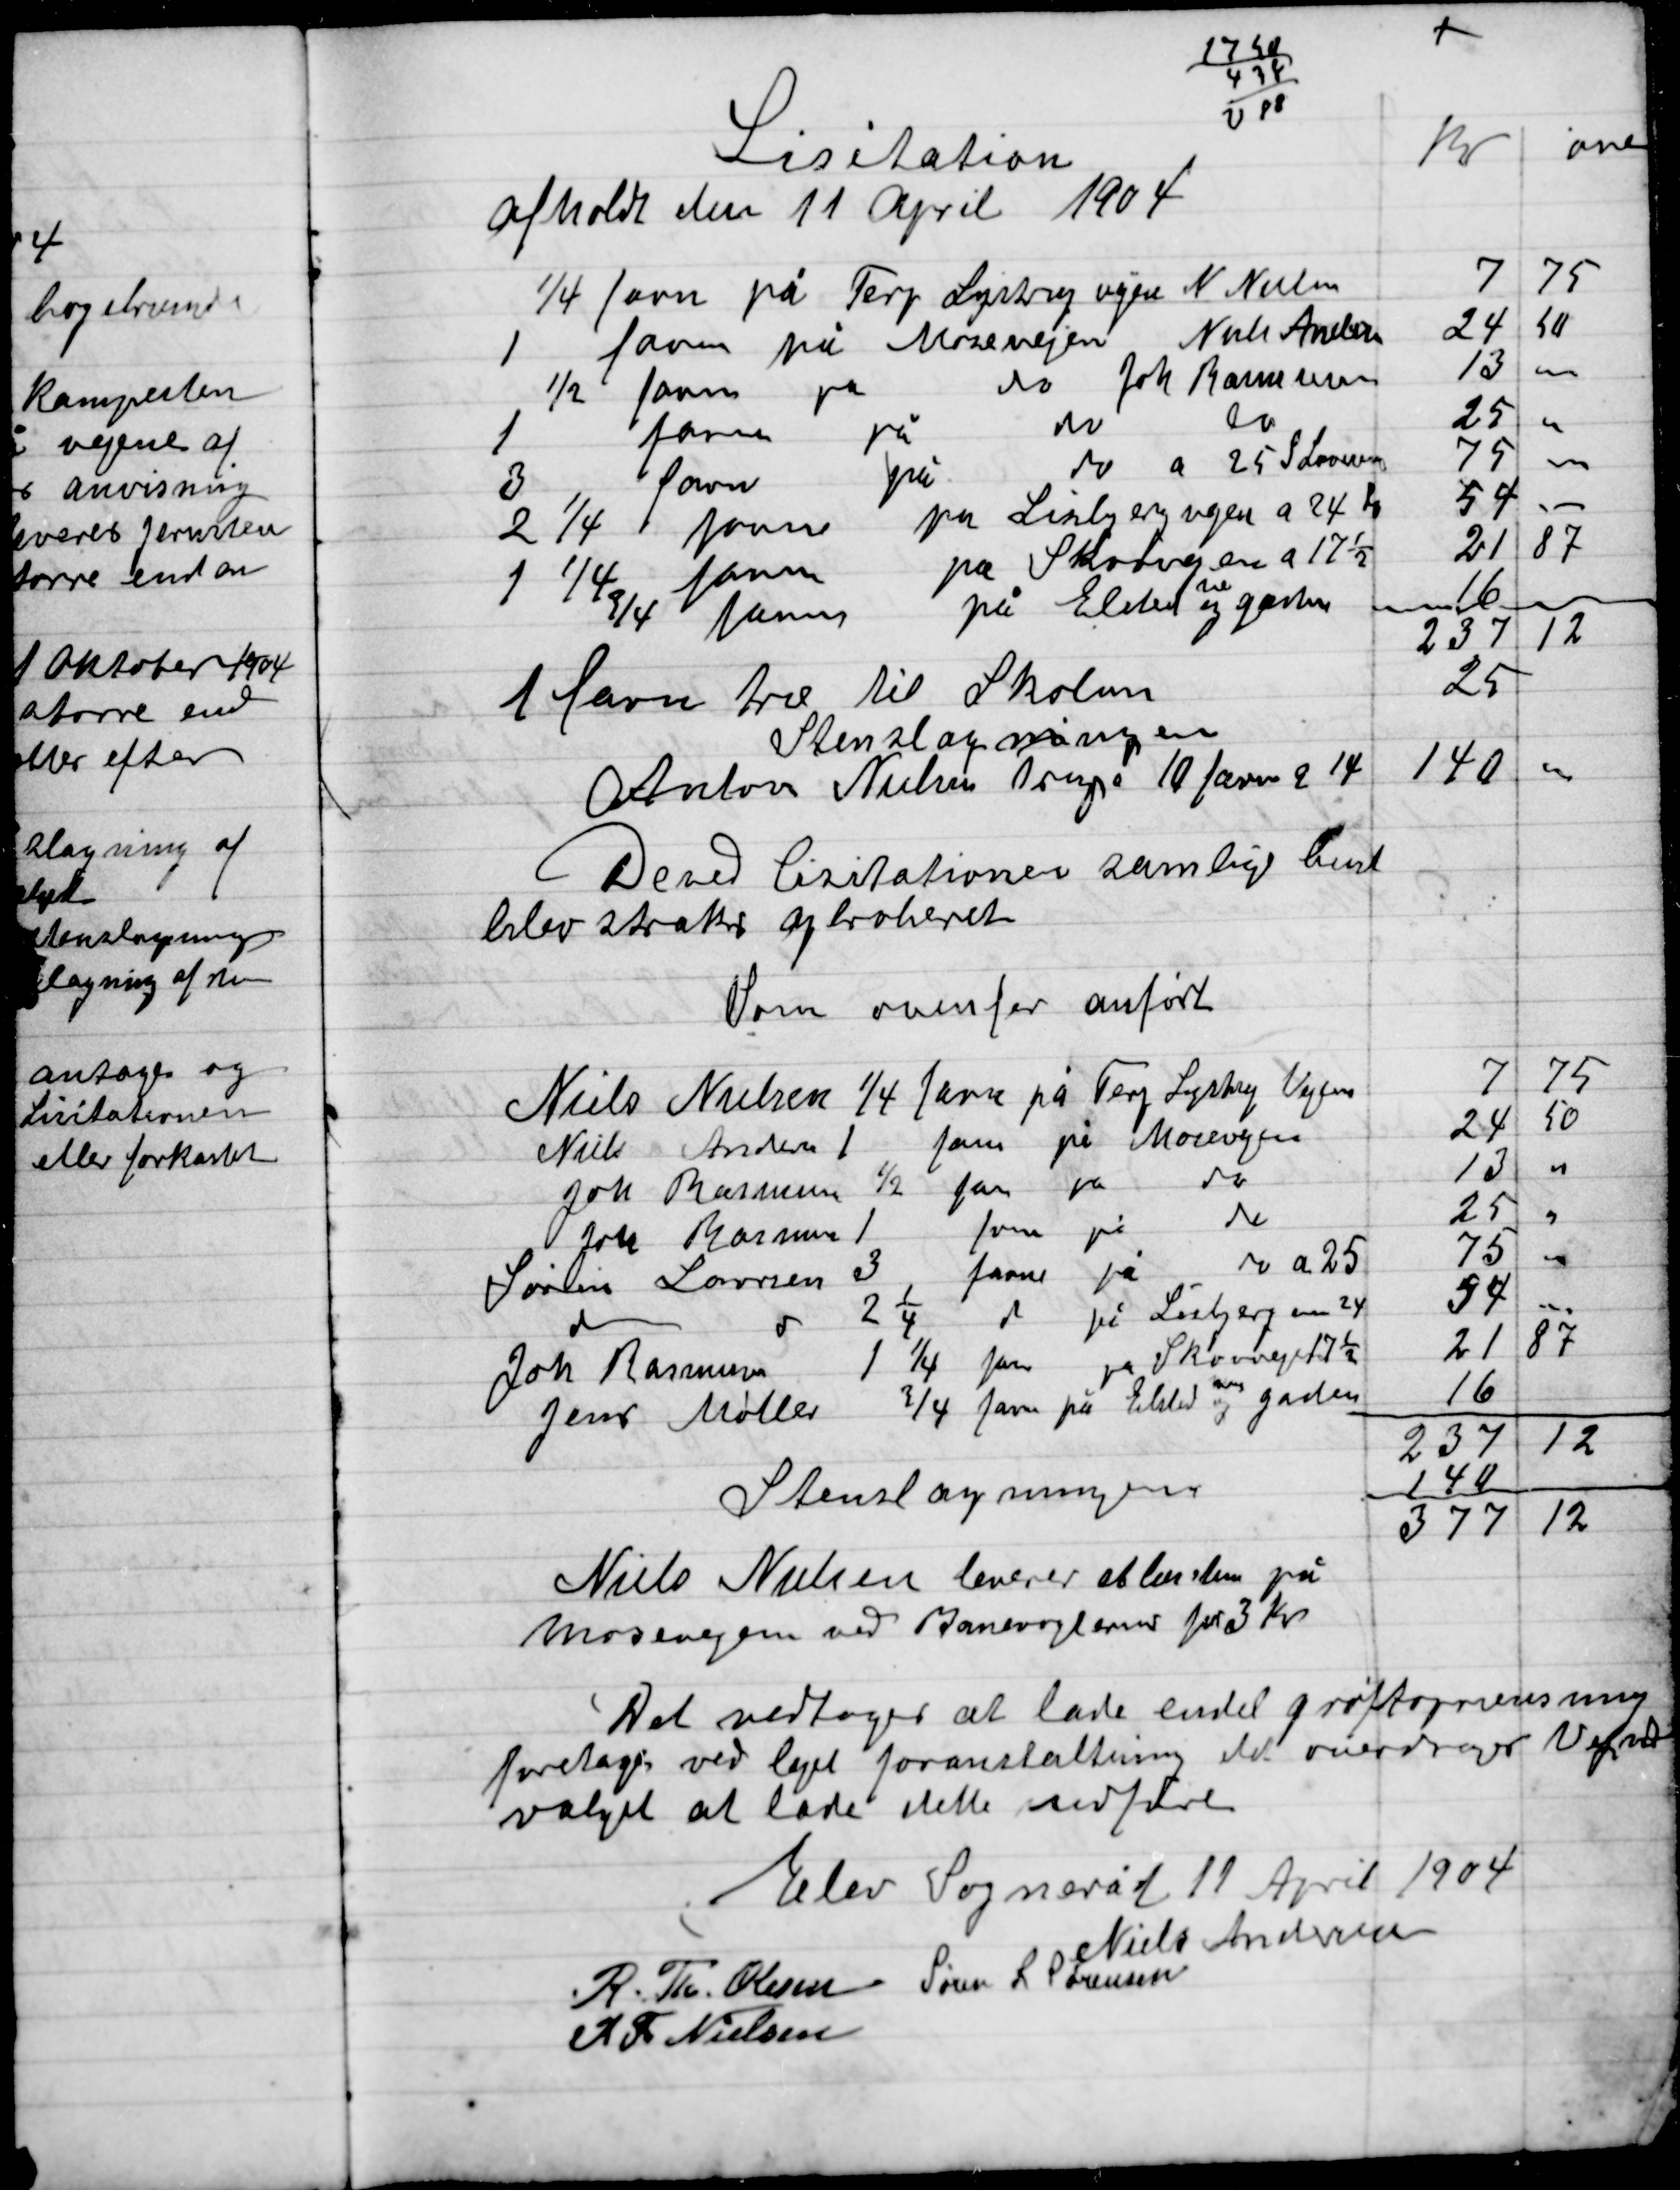
Transskription:
Derved licitationen samtlige bud
Blev straks approberet

Niels Nielsen leverede et læs sten på
Mosevejen ved Manghenbors for 3 Kr

Det vedtoges at lade endel grøft oprensning
Foretage ved lige foranstaltning det overdrages Vejud-
valget at lade dette udføre

Elev Sogneråd 11 April 1904

Niels Andersen
R. Th. Olsen
S. L. Sørensen
R. Th. Nielsen